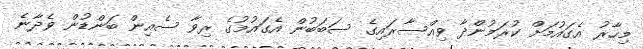
މިހާރު އެގައުމަށް ކުރަމުންދާ ވިއްސާރައިގެ ސަބަބުން އެގައުމުގެ ރިވާ ސެއިން ބަންޑުން ވެދާނެ